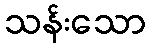
သန်းသော